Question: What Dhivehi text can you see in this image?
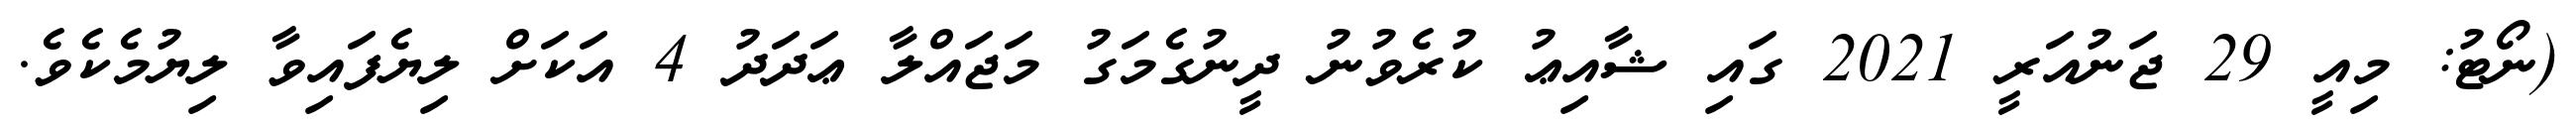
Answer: (ނޯޓު: މިއީ 29 ޖަނުއަރީ 2021 ގައި ޝާއިޢު ކުރެވުނު ދީނުގެމަގު މަޖައްލާ ޢަދަދު 4 އަކަށް ލިޔެފައިވާ ލިޔުމެކެވެ.